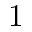
1